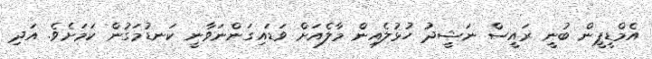
އެމްޑީޕީން ބުނީ ރައީސް ނަޝީދު ހުޅުލެއިން މާލެއަށް ވަޑައިގަންނަވާނީ ކަނޑުމަގުން ކަމަށެވެ. އަދި